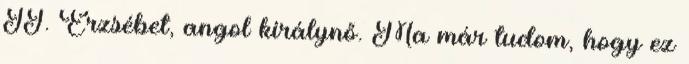
II. Erzsébet, angol királynő. Ma már tudom, hogy ez